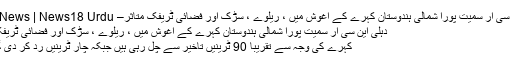
دہلی این سی آر سمیت پورا شمالی ہندوستان کہرے کے آغوش میں ، ریلوے ، سڑک اور فضائی ٹریفک متاثر– Urdu News | News18 Urdu
دہلی این سی آر سمیت پورا شمالی ہندوستان کہرے کے آغوش میں ، ریلوے ، سڑک اور فضائی ٹریفک متاثر
کہرے کی وجہ سے تقریبا 90 ٹرینیں تاخیر سے چل رہی ہیں جبکہ چار ٹرینیں رد کر دی گئی ہیں۔